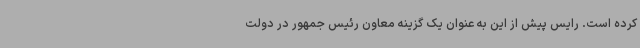
کرده است. رایس پیش از این به عنوان یک گزینه معاون رئیس جمهور در دولت